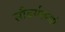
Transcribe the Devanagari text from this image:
सौदर्यस्पर्धा